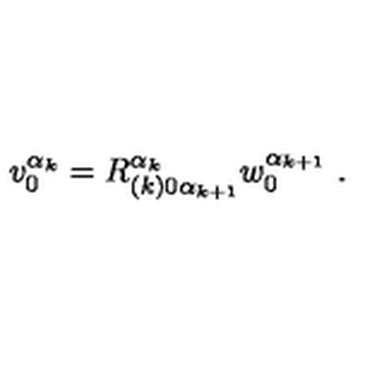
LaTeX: v _ { 0 } ^ { \alpha _ { k } } = R _ { ( k ) 0 \alpha _ { k + 1 } } ^ { \alpha _ { k } } w _ { 0 } ^ { \alpha _ { k + 1 } } \ .